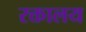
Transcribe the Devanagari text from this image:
रक्तालय